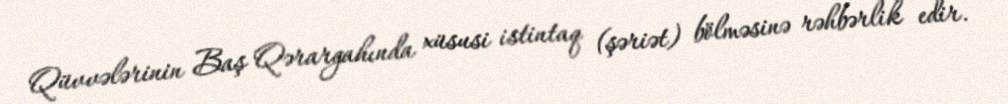
Qüvvələrinin Baş Qərargahında xüsusi istintaq (şəriət) bölməsinə rəhbərlik edir.